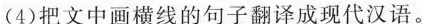
(4)把文中画横线的句子翻译成现代汉语。